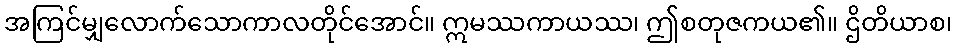
အကြင်မျှလောက်သောကာလတိုင်အောင်။ ဣမဿကာယဿ၊ ဤစတုဇကယ၏။ ဌိတိယာစ၊